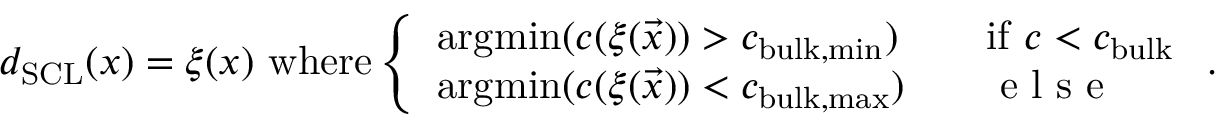
d _ { \mathrm { S C L } } ( \boldsymbol { x } ) = \xi ( \boldsymbol { x } ) \ \mathrm { w h e r e } \left\{ \begin{array} { l l } { \mathrm { a r g m i n } ( c ( \xi ( \vec { x } ) ) > c _ { \mathrm { b u l k , m i n } } ) } & { \quad \mathrm { i f } \ c < c _ { \mathrm { b u l k } } } \\ { \mathrm { a r g m i n } ( c ( \xi ( \vec { x } ) ) < c _ { \mathrm { b u l k , m a x } } ) } & { \quad \textrm { e l s e } } \end{array} \right. .